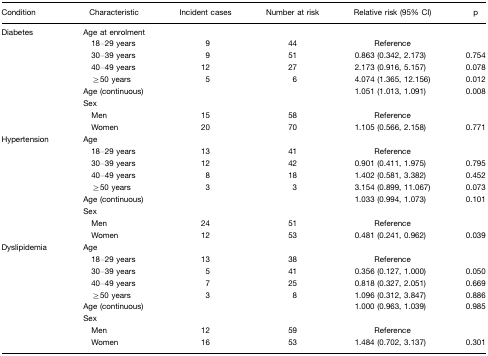
<table><thead><tr><td><b>Condition</b></td><td><b>Characteristic</b></td><td><b>Incident cases</b></td><td><b>Number at risk</b></td><td><b>Relative risk (95% CI)</b></td><td><b>p</b></td></tr></thead><tbody><tr><td>Diabetes</td><td>Age at enrolment</td><td></td><td></td><td></td><td></td></tr><tr><td></td><td> 18–29 years</td><td>9</td><td>44</td><td>Reference</td><td></td></tr><tr><td></td><td> 30–39 years</td><td>9</td><td>51</td><td>0.863 (0.342, 2.173)</td><td>0.754</td></tr><tr><td></td><td> 40–49 years</td><td>12</td><td>27</td><td>2.173 (0.916, 5.157)</td><td>0.078</td></tr><tr><td></td><td> ≥50 years</td><td>5</td><td>6</td><td>4.074 (1.365, 12.156)</td><td>0.012</td></tr><tr><td></td><td>Age (continuous)</td><td></td><td></td><td>1.051 (1.013, 1.091)</td><td>0.008</td></tr><tr><td></td><td>Sex</td><td></td><td></td><td></td><td></td></tr><tr><td></td><td> Men</td><td>15</td><td>58</td><td>Reference</td><td></td></tr><tr><td></td><td> Women</td><td>20</td><td>70</td><td>1.105 (0.566, 2.158)</td><td>0.771</td></tr><tr><td>Hypertension</td><td>Age</td><td></td><td></td><td></td><td></td></tr><tr><td></td><td> 18–29 years</td><td>13</td><td>41</td><td>Reference</td><td></td></tr><tr><td></td><td> 30–39 years</td><td>12</td><td>42</td><td>0.901 (0.411, 1.975)</td><td>0.795</td></tr><tr><td></td><td> 40–49 years</td><td>8</td><td>18</td><td>1.402 (0.581, 3.382)</td><td>0.452</td></tr><tr><td></td><td> ≥50 years</td><td>3</td><td>3</td><td>3.154 (0.899, 11.067)</td><td>0.073</td></tr><tr><td></td><td>Age (continuous)</td><td></td><td></td><td>1.033 (0.994, 1.073)</td><td>0.101</td></tr><tr><td></td><td>Sex</td><td></td><td></td><td></td><td></td></tr><tr><td></td><td> Men</td><td>24</td><td>51</td><td>Reference</td><td></td></tr><tr><td></td><td> Women</td><td>12</td><td>53</td><td>0.481 (0.241, 0.962)</td><td>0.039</td></tr><tr><td>Dyslipidemia</td><td>Age</td><td></td><td></td><td></td><td></td></tr><tr><td></td><td> 18–29 years</td><td>13</td><td>38</td><td>Reference</td><td></td></tr><tr><td></td><td> 30–39 years</td><td>5</td><td>41</td><td>0.356 (0.127, 1.000)</td><td>0.050</td></tr><tr><td></td><td> 40–49 years</td><td>7</td><td>25</td><td>0.818 (0.327, 2.051)</td><td>0.669</td></tr><tr><td></td><td> ≥50 years</td><td>3</td><td>8</td><td>1.096 (0.312, 3.847)</td><td>0.886</td></tr><tr><td></td><td>Age (continuous)</td><td></td><td></td><td>1.000 (0.963, 1.039)</td><td>0.985</td></tr><tr><td></td><td>Sex</td><td></td><td></td><td></td><td></td></tr><tr><td></td><td> Men</td><td>12</td><td>59</td><td>Reference</td><td></td></tr><tr><td></td><td> Women</td><td>16</td><td>53</td><td>1.484 (0.702, 3.137)</td><td>0.301</td></tr></tbody></table>